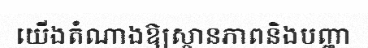
យើងតំណាងឱ្យស្ថានភាពនិងបញ្ហា